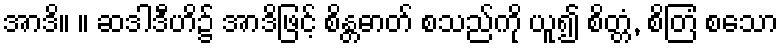
အာဒိ။ ။ ဆဒါဒီဟိ၌ အာဒိဖြင့် စိန္တဓာတ် စသည်ကို ယူ၍ စိတ္တံ, စိတြံ စသော